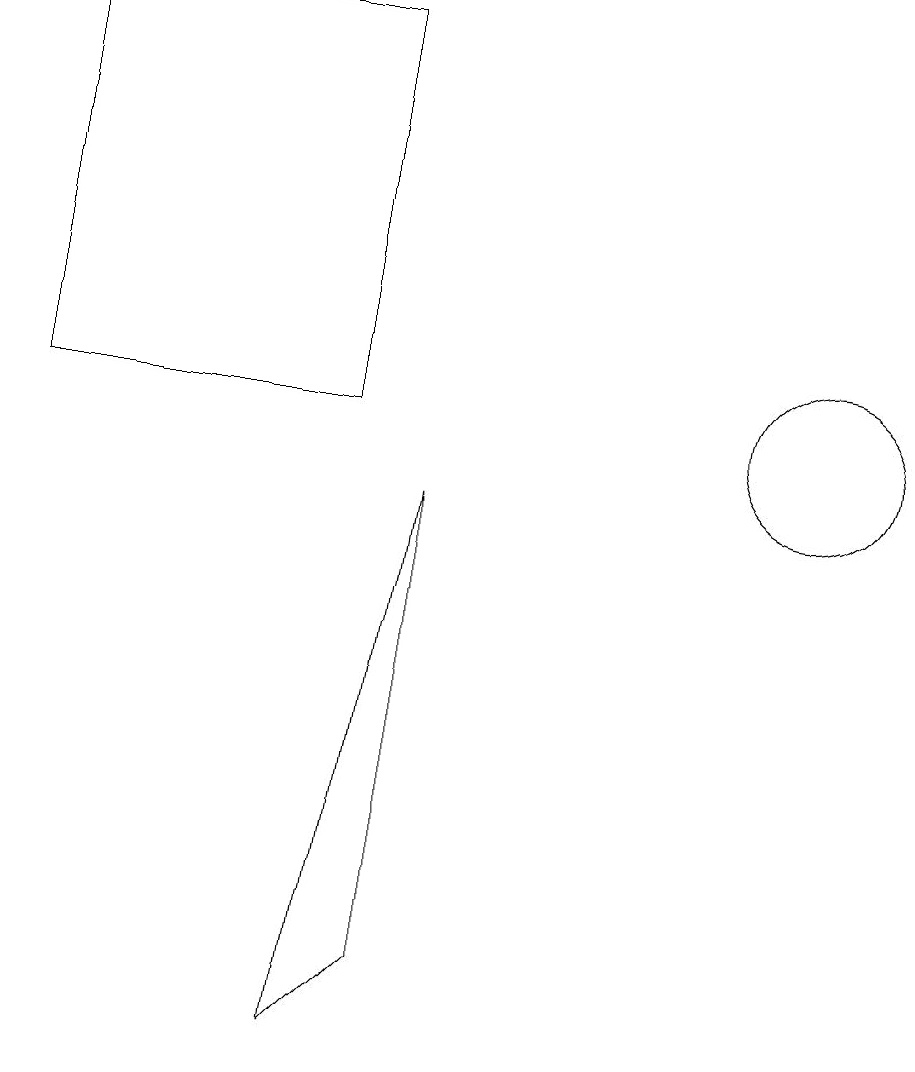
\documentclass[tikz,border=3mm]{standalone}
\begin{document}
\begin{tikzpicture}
\draw (5,10) rectangle (1,15);
\draw (6,9) -- (6,3) -- (5,2) -- cycle;
\draw (11,10) circle (1);
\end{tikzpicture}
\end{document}